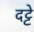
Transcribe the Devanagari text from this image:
दट्टे